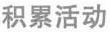
积累活动